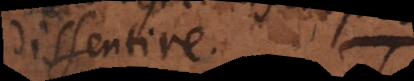
dissentire.